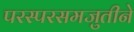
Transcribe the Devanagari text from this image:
परस्परसमजुतीने